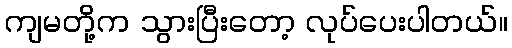
ကျမတို့က သွားပြီးတော့ လုပ်ပေးပါတယ်။